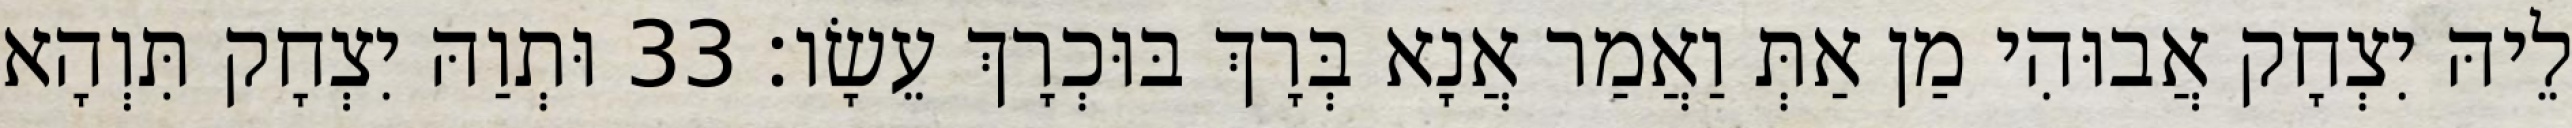
לֵיהּ יִצְחָק אֲבוּהִי מַן אַתְּ וַאֲמַר אֲנָא בְּרָךְ בּוּכְרָךְ עֵשָׂו׃ 33 וּתְוַהּ יִצְחָק תִּוְהָא